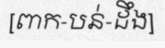
[ពាក-បន់-ដឹង]